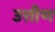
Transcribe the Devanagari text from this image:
उत्तीण